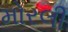
મોરલી